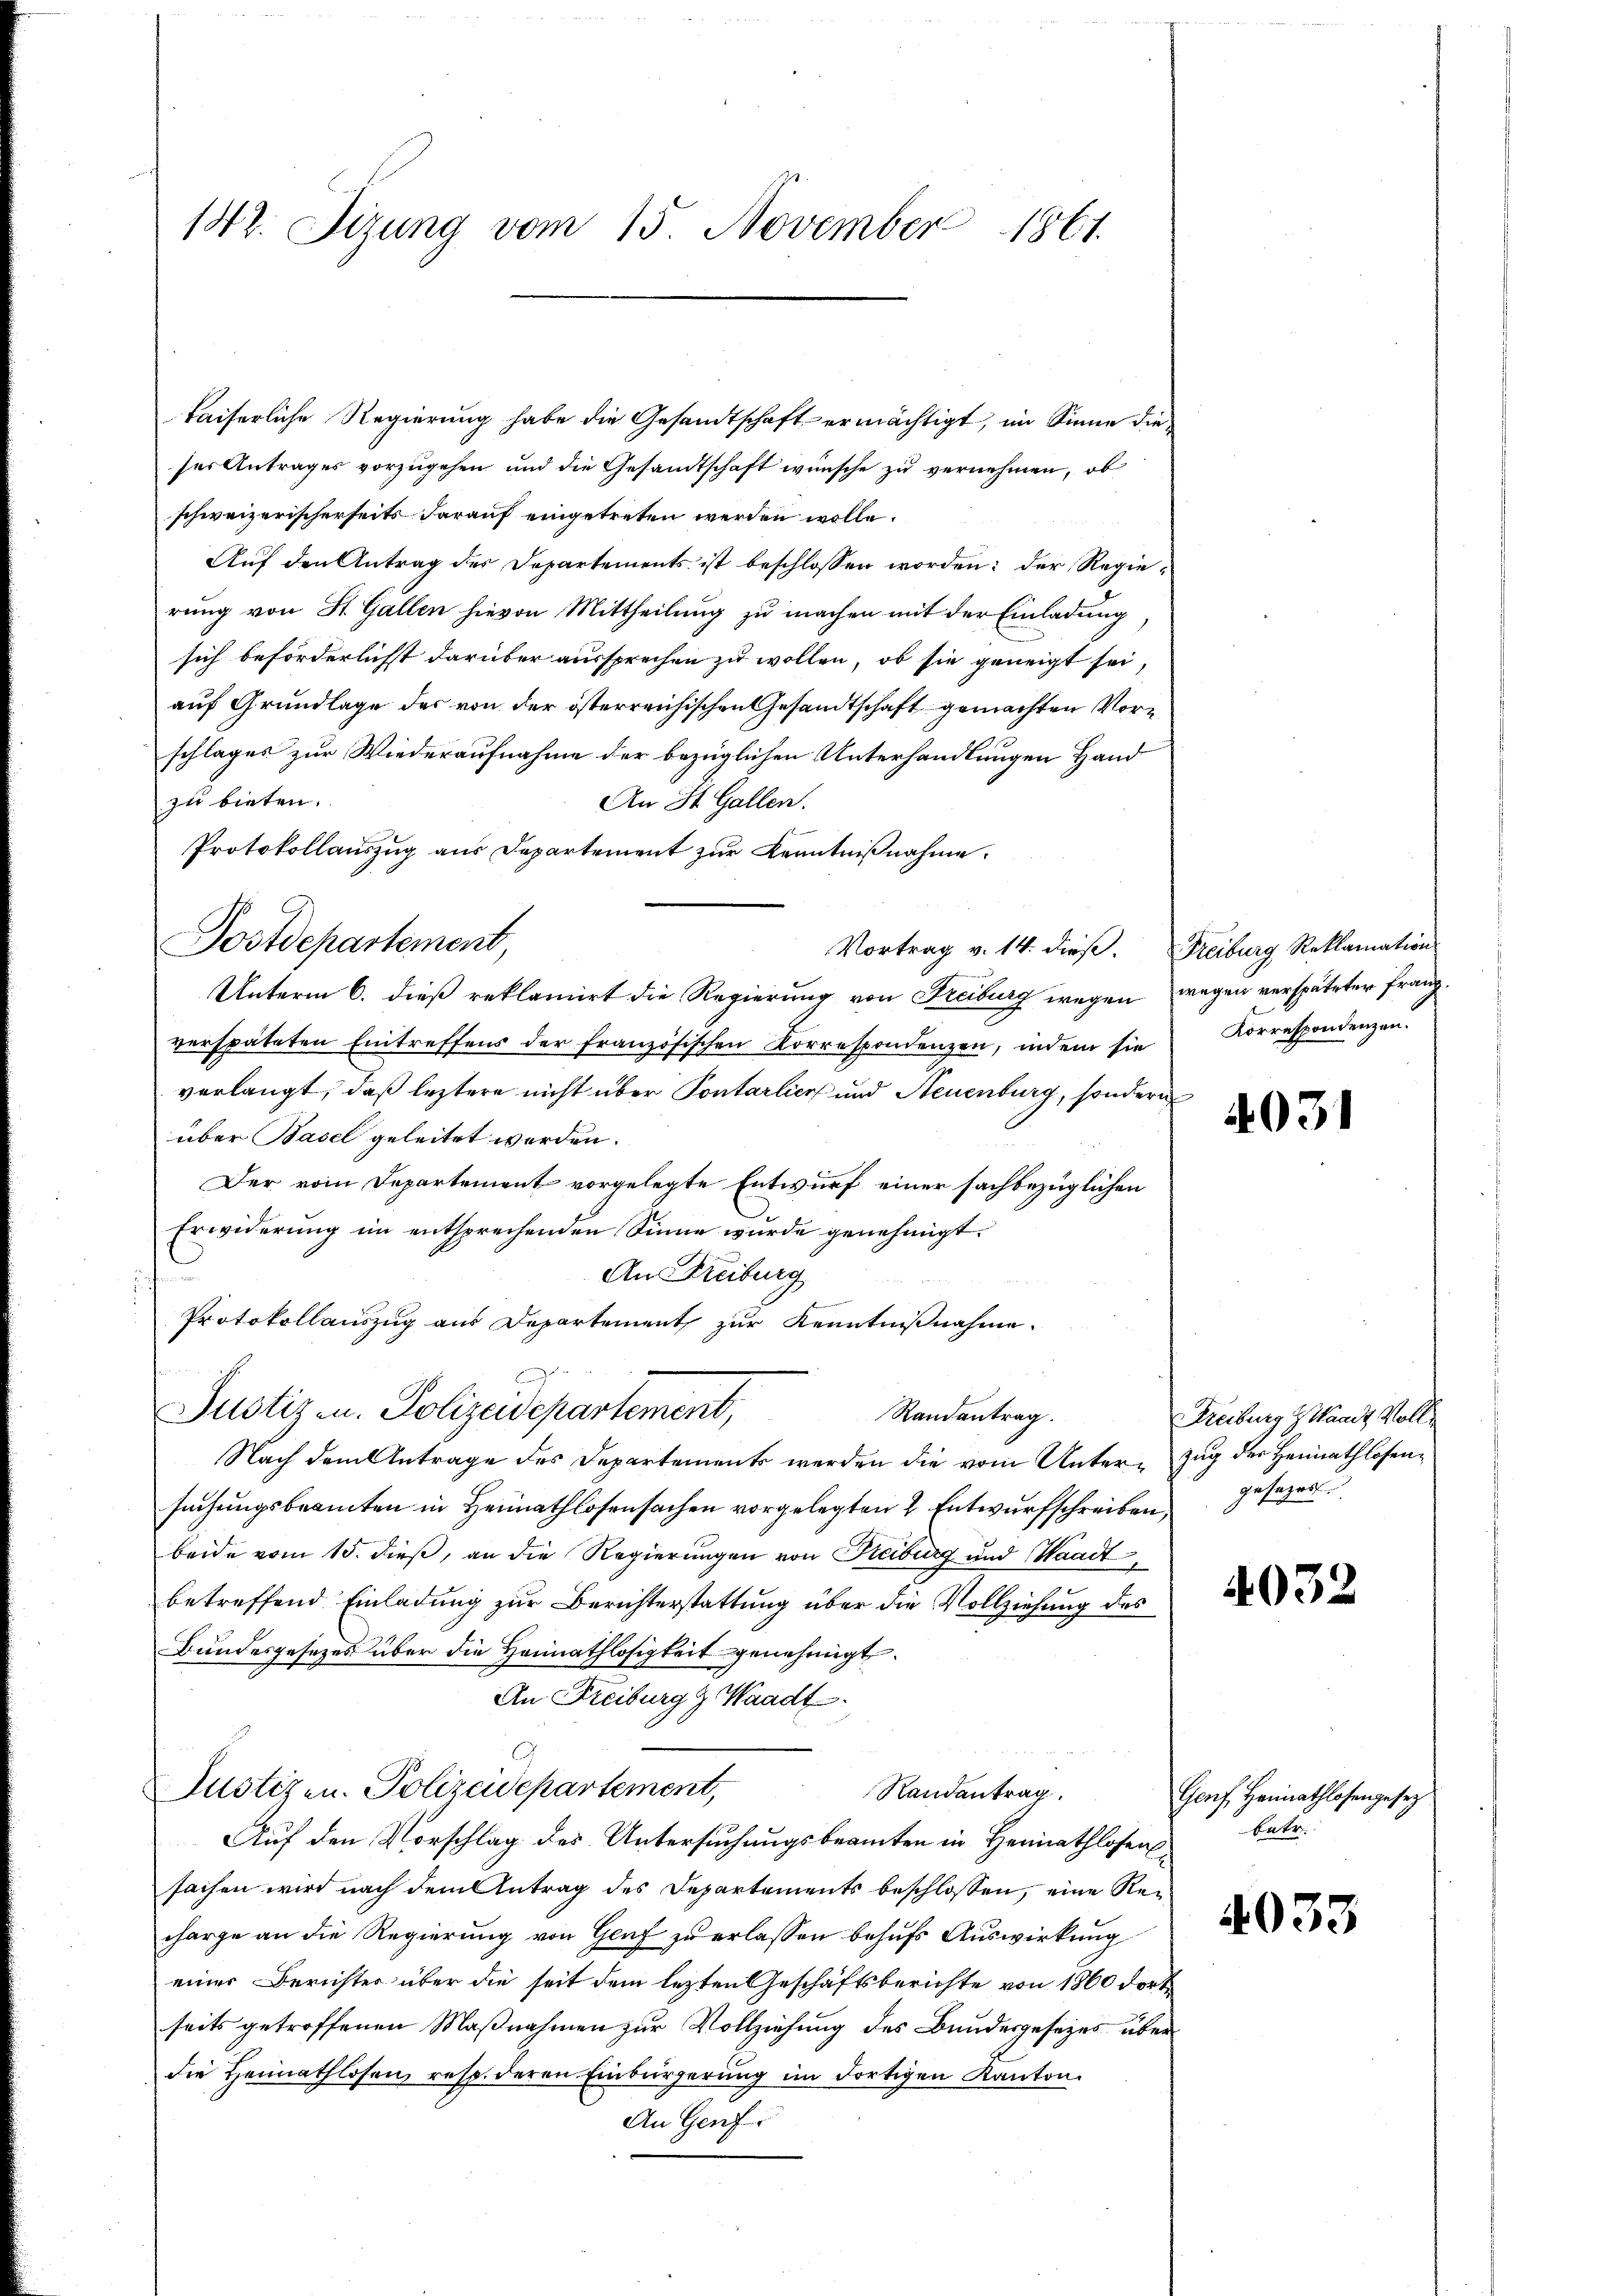
142. Sizung vom 15. November 1861.

kaiserliche Regierung habe die Gesandtschaft ermächtigt, im Sinne die
ser Antrages vorzugehen und die Gesandtschaft wünsche zu vernehmen, ob
schweizerischerseits darauf eingetreten werden wolle.
Auf den Antrag des Departements ist beschlossen worden: der Regierung von St. Gallen hievon Mittheilung zu machen mit der Einladung,
sich beförderlichst darüber aussprechen zu wollen, ob sie geneigt sei,
auf Grundlage des von der österreichischen Gesandtschaft gemachten Vorschlages zur Wiederaufnahme der bezüglichen Unterhandlungen Hand
zu bieten.
An St. Gallen.
Protokollauszug aus Departement zur Kenntnißnahme.
Postdepartement,
Vortrag v. 14. dieβ. Freiburg Reklamation
Unterm 6. dieß reklamirt die Regierung von Freiburg wegen wegen verspäteter franzverspäteten Eintreffens der französischen Korrespondenzen, indem sie
verlangt, daß leztere nicht über Pontarlier und Neuenburg, sondern
über Basel geleitet werden.
Der vom Departement vorgelegte Entwurf einer sachbezüglichen
Erwiderung im entsprechenden Sinne wurde genehmigt.
An Freiburg
Protokollauszug aus Departement zur Kenntnißnahme.
nd
Justiz- u. Polizeidepartement,
Randantrag.
Nach dem Antrage des Departements werden die vom Unter-Zug der Heimathlosensŭchŭngsbeamten in Heimathlosensachen vorgelegten 2 Entwurfschreiben gesezes
beide vom 15. dieß, an die Regierungen von Freiburg und Waadt,
betreffend Einladung zur Berichterstattung über die Vollziehung des
Bundesgesezes über die Hannathlosigkeit genehmigt.
An Freiburg z. Waadt
Justizen - Polizeidepartement,
Randantrag
Auf den Vorschlag des Untersuchungsbeamten in Heimathlosensachen wird nach dem Antrag des Departements beschlossen, eine Recharge an die Regierung von Genf zu erlassen behufs Auswirkung
einer Berichter über die seit dem lezten Geschäftsberichte von 1860 dort
seits getroffenen Maßnahmen zur Vollziehung des Bundesgesezes über
die Heimathlosen, resp. deren Einbürgerung im dortigen Kanton.
An Genf

Korrespondenzen.

4031

Freiburg & Waadt, Voll

4032

Genf Heimathlosengesez
bete

4033